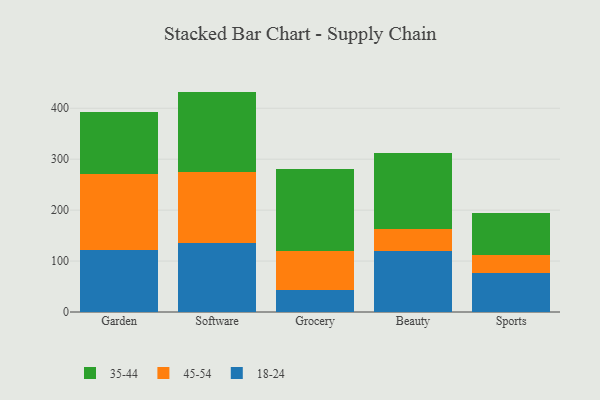
{"axis": {"x": "Category", "y": "Latency (ms)"}, "legend": ["18-24", "35-44", "45-54"], "data": [{"x": "Garden", "y": 121.6, "type": "18-24"}, {"x": "Garden", "y": 148.7, "type": "45-54"}, {"x": "Garden", "y": 121.9, "type": "35-44"}, {"x": "Software", "y": 134.8, "type": "18-24"}, {"x": "Software", "y": 139.5, "type": "45-54"}, {"x": "Software", "y": 158.4, "type": "35-44"}, {"x": "Grocery", "y": 43.9, "type": "18-24"}, {"x": "Grocery", "y": 76.8, "type": "45-54"}, {"x": "Grocery", "y": 160.6, "type": "35-44"}, {"x": "Beauty", "y": 118.8, "type": "18-24"}, {"x": "Beauty", "y": 43.2, "type": "45-54"}, {"x": "Beauty", "y": 149.8, "type": "35-44"}, {"x": "Sports", "y": 77.5, "type": "18-24"}, {"x": "Sports", "y": 34.5, "type": "45-54"}, {"x": "Sports", "y": 82.2, "type": "35-44"}]}